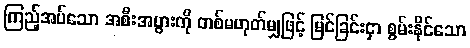
ကြည့်အပ်သော အစီးအပွားကို တစ်မဟုတ်မျှဖြင့် မြင်ခြင်းငှာ စွမ်းနိုင်သော